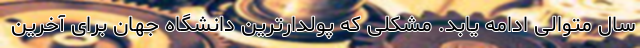
سال متوالی ادامه یابد. مشکلی که پولدارترین دانشگاه جهان برای آخرین